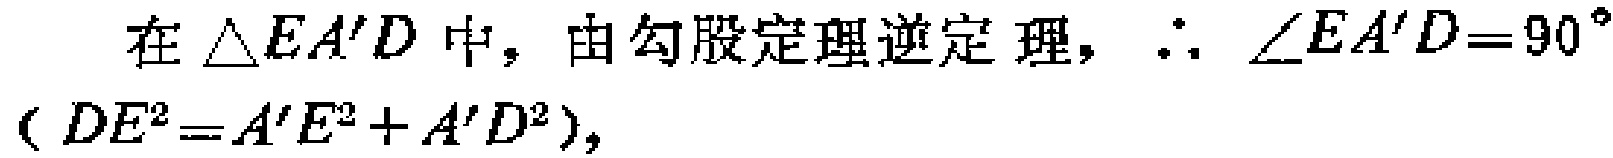
在 $\triangle EA'D$ 中，由勾股定理逆定理，$\therefore \angle EA'D = 90^{\circ}$ ($DE^{2}=A'E^{2}+A'D^{2}$)，